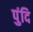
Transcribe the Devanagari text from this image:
पुंदि